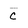
Character: c